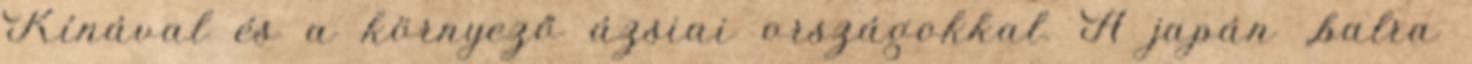
Kínával és a környező ázsiai országokkal. A japán „balra